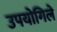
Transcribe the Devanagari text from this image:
उपयोगिले